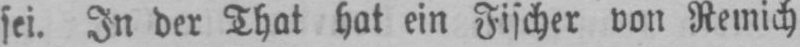
sei. In der That hat ein Fischer von Remich